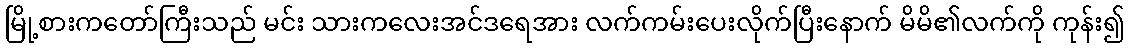
မြို့စားကတော်ကြီးသည် မင်း သားကလေးအင်ဒရေအား လက်ကမ်းပေးလိုက်ပြီးနောက် မိမိ၏လက်ကို ကုန်း၍